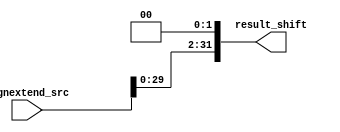
module Shift_left(
    input [31:0]Signextend_src,
    output reg [31:0]result_shift
);

reg [31:0]resultcambiado;

always @(Signextend_src)begin
    resultcambiado<=Signextend_src<<2;//RECORRE DOS BITS A LA IZQUIERDA 
    result_shift<=resultcambiado[31:0];
end
endmodule